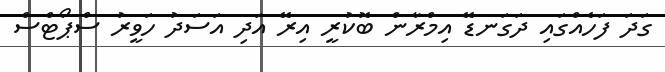
ގަދަ ފަަހެއްގައި ދަގަނޑޭ އިމްރާން ބޮކުރީ އިރޭ އަދި އަސަދު ހަވީރު ސްޕޯޓްސް